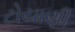
ટોયાણી